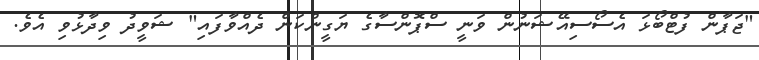
"ޖަޕާން ފުޓްބޯޅަ އެސޯސިއޭޝަނުން ވަނީ ސްޕޮންސާގެ ޔަގީންކަން ދެއްވާފައި" ޝަވީދު ވިދާޅުވި އެވެ.